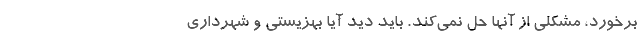
برخورد، مشکلی از آنها حل نمی‌کند. باید دید آیا بهزیستی و شهرداری